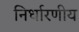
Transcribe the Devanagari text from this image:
निर्धारणीय